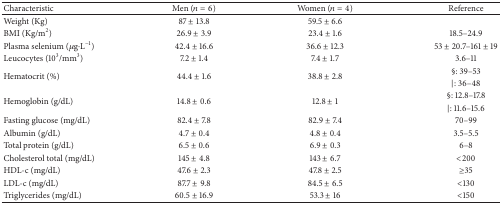
<table><thead><tr><td><b>Characteristic</b></td><td><b>Men (<i>n</i> = 6)</b></td><td><b>Women (<i>n</i> = 4)</b></td><td><b>Reference</b></td></tr></thead><tbody><tr><td>Weight (Kg)</td><td>87 ± 13.8</td><td>59.5 ± 6.6</td><td> </td></tr><tr><td>BMI (Kg/m<sup>2</sup>)</td><td>26.9 ± 3.9</td><td>23.4 ± 1.6</td><td>18.5–24.9</td></tr><tr><td>Plasma selenium (<i>μ</i>g·L<sup>−1</sup>)</td><td>42.4 ± 16.6</td><td>36.6 ± 12.3</td><td>53 ± 20.7–161 ± 19</td></tr><tr><td>Leucocytes (10<sup>3</sup>/mm<sup>3</sup>) </td><td>7.2 ± 1.4</td><td>7.4 ± 1.7</td><td>3.6–11</td></tr><tr><td rowspan="2">Hematocrit (%)</td><td rowspan="2">44.4 ± 1.6</td><td rowspan="2">38.8 ± 2.8</td><td>§: 39–53</td></tr><tr><td>∣: 36–48</td></tr><tr><td rowspan="2">Hemoglobin (g/dL)</td><td rowspan="2">14.8 ± 0.6</td><td rowspan="2">12.8 ± 1</td><td>§: 12.8–17.8 </td></tr><tr><td>∣: 11.6–15.6</td></tr><tr><td>Fasting glucose (mg/dL)</td><td>82.4 ± 7.8</td><td>82.9 ± 7.4</td><td>70–99</td></tr><tr><td>Albumin (g/dL)</td><td>4.7 ± 0.4</td><td>4.8 ± 0.4</td><td>3.5–5.5</td></tr><tr><td>Total protein (g/dL)</td><td>6.5 ± 0.6</td><td>6.9 ± 0.3</td><td>6–8 </td></tr><tr><td>Cholesterol total (mg/dL)</td><td>145 ± 4.8</td><td>143 ± 6.7</td><td>&lt;200</td></tr><tr><td>HDL-c (mg/dL)</td><td>47.6 ± 2.3</td><td>47.8 ± 2.5</td><td>≥35</td></tr><tr><td>LDL-c (mg/dL)</td><td>87.7 ± 9.8</td><td>84.5 ± 6.5</td><td>&lt;130</td></tr><tr><td>Triglycerides (mg/dL)</td><td>60.5 ± 16.9</td><td>53.3 ± 16</td><td>&lt;150</td></tr></tbody></table>